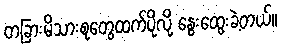
တခြားမိသားစုတွေထက်ပိုလို့ နွေးထွေးခဲ့တယ်။